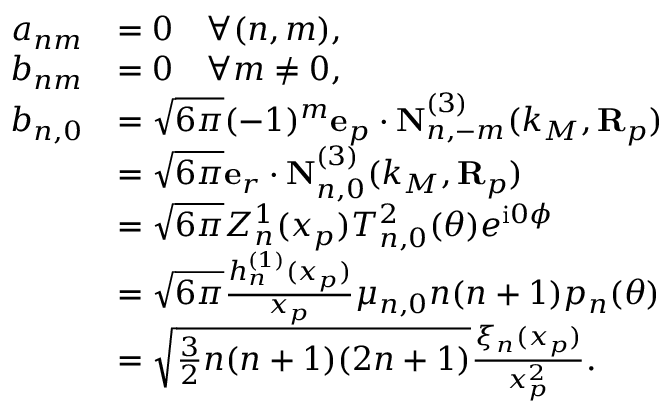
\begin{array} { r l } { a _ { n m } } & { = 0 \quad \forall ( n , m ) , } \\ { b _ { n m } } & { = 0 \quad \forall m \neq 0 , } \\ { b _ { n , 0 } } & { = \sqrt { 6 \pi } ( - 1 ) ^ { m } \mathbf { e } _ { p } \cdot \mathbf { N } _ { n , - m } ^ { ( 3 ) } ( k _ { M } , \mathbf { R } _ { p } ) } \\ & { = \sqrt { 6 \pi } \mathbf { e } _ { r } \cdot \mathbf { N } _ { n , 0 } ^ { ( 3 ) } ( k _ { M } , \mathbf { R } _ { p } ) } \\ & { = \sqrt { 6 \pi } Z _ { n } ^ { 1 } ( x _ { p } ) T _ { n , 0 } ^ { 2 } ( \theta ) e ^ { \mathrm { i } 0 \phi } } \\ & { = \sqrt { 6 \pi } \frac { h _ { n } ^ { ( 1 ) } ( x _ { p } ) } { x _ { p } } \mu _ { n , 0 } n ( n + 1 ) p _ { n } ( \theta ) } \\ & { = \sqrt { \frac { 3 } { 2 } n ( n + 1 ) ( 2 n + 1 ) } \frac { \xi _ { n } ( x _ { p } ) } { x _ { p } ^ { 2 } } . } \end{array}